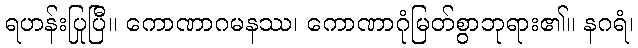
ရဟန်းပြုပြီ။ ကောဏာဂမနဿ၊ ကောဏာဂုံမြတ်စွာဘုရား၏။ နဂရံ၊